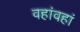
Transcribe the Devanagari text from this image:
वहांवहां